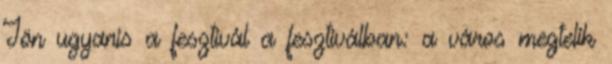
Jön ugyanis a fesztivál a fesztiválban: a város megtelik